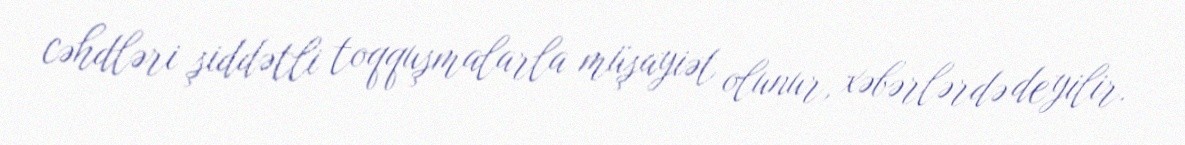
cəhdləri şiddətli toqquşmalarla müşayiət olunur, xəbərlərdə deyilir.